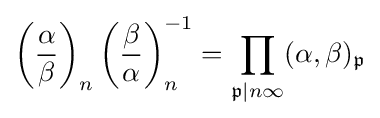
\left({\frac {\alpha }{\beta }}\right)_{n}\left({\frac {\beta }{\alpha }}\right)_{n}^{-1}=\prod _{{\mathfrak {p}}|n\infty }(\alpha ,\beta )_{\mathfrak {p}}